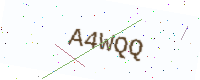
Text: A4WQQ